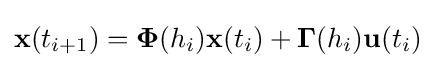
{\mathbf {x} }(t_{i+1})=\mathbf {\Phi } (h_{i})\mathbf {x} (t_{i})+\mathbf {\Gamma } (h_{i})\mathbf {u} (t_{i})